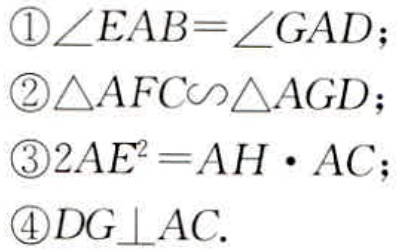
\textcircled{1}$\angle EAB = \angle GAD$；

\textcircled{2}$\triangle AFC\sim\triangle AGD$；

\textcircled{3}$2AE^{2}=AH\cdot AC$；

\textcircled{4}$DG\perp AC$.